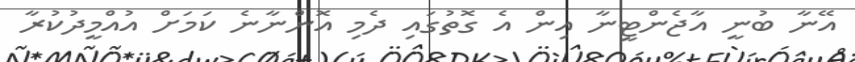
އޭނާ ބުނީ އާޖެންޓީނާ އިން އެ ގޮތުގައި ދެމި އޮންނާނެ ކަމަށް އުއްމީދުކުރާ